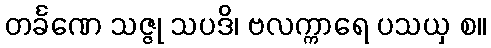
တင်္ခဏေ သဇ္ဇု သပဒိ၊ ဗလက္ကာရေ ပသယှ စ။